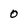
Character: 0